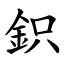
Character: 鉙